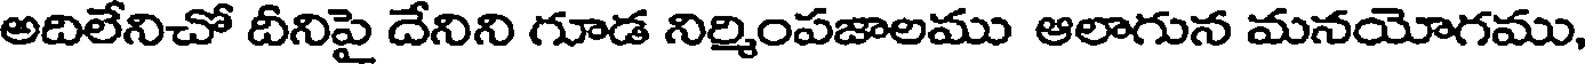
అదిలేనిచో దీనిపై దేనిని గూడ నిర్మింపజాలము ఆలాగున మనయోగము,